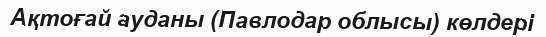
Ақтоғай ауданы (Павлодар облысы) көлдері